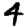
Digit: 4